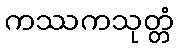
ကဿကသုတ္တံ